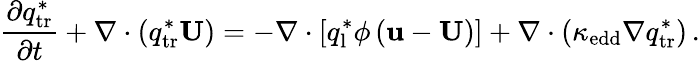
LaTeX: \frac{\partial q_{\mathrm{tr}}^{*}}{\partial t}+\nabla\cdot\left(q_{\mathrm{tr}}^{*}\mathbf{U}\right)=-\nabla\cdot\left[q_{\mathrm{l}}^{*}\phi\left(\mathbf{u}-\mathbf{U}\right)\right]+\nabla\cdot\left(\kappa_{\mathrm{edd}}\nabla q_{\mathrm{tr}}^{*}\right)\, .